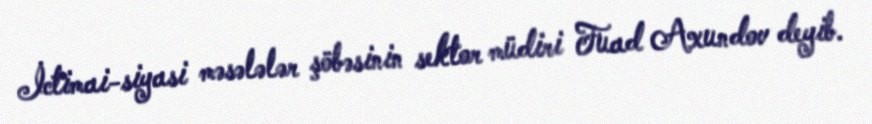
İctimai-siyasi məsələlər şöbəsinin sektor müdiri Fuad Axundov deyib.